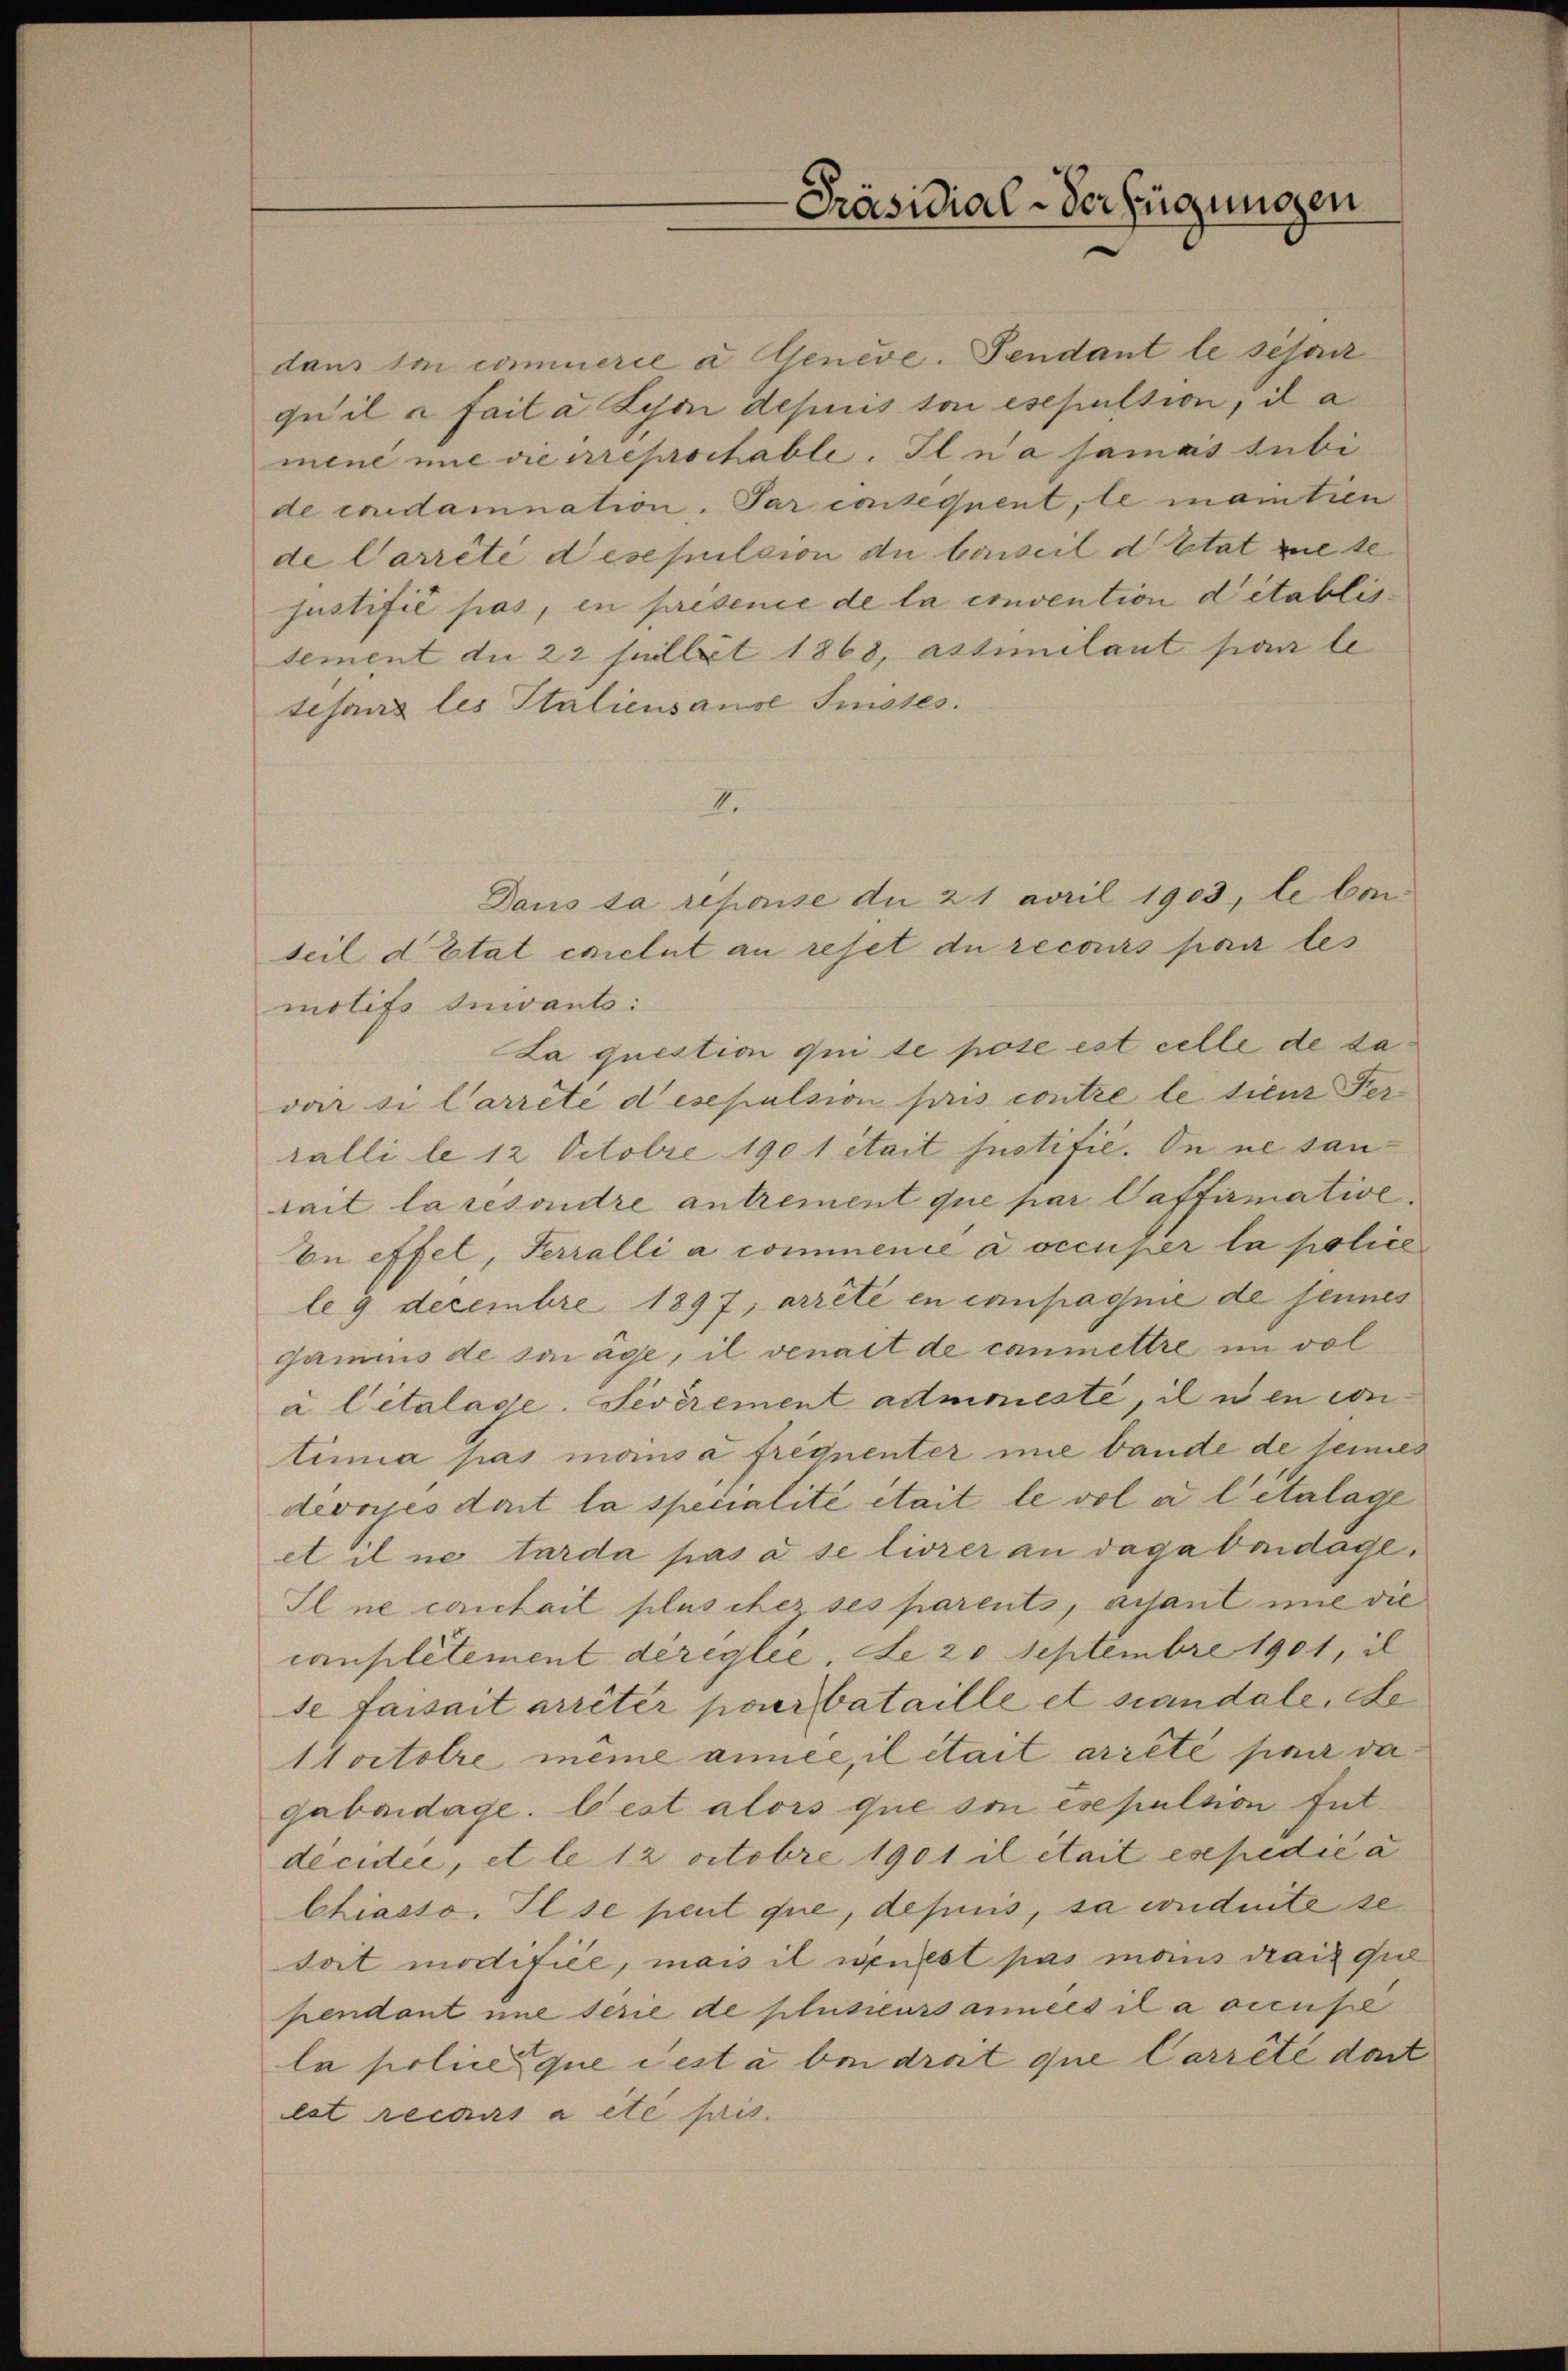
Präsidial-Verfügungen

dans son commerce a Geneve. Pendant le sesair
quil fait à Lyon depuis toni esepulsion, il a
mene mine ne reprottable. Il n’a jamais subi
de condamnation. Par consequent, le mantien
de Carrêté desepulsion du baiseil d’Etat mete
justifié pas, en présence de la convention d’établissement du 22 sullit 1868, assimilant par le
tesans les Italiensause Suisses.
I.
Dans sa repouse du 21 april 1903, le ben
seil d’Etat exclut an reset du recours par les
motifs Inwants:
La question qui le pose est celle de davoir si Carreté desepulsion pris contre le tienz Perralli le 12 Octobre 1901 était Justifie. In ne santait la resondre antrement que par Caffirmative.
En effel, Terralli a commence a occupier la police
le 9 decembre 1897; arrêté en compagnie de seines
gamis de sage, il venait de canmettre im vol
à Citalage. Severement admoneste, il en con-
timia pas moins a frequenter nie bande de seines
devoies doit la specialité était le vol a letalage
et il ne tarda pas à se livrer an daga baidage¬
Il ne contait plus cher ses parents, aisant nie die
conplétement dereglie, de 20 Septembre 1901, il
se faisait arrêter pourbataille et mandale, de
Itoctore meine année, il était arrête pair dagabaidage. Cest alors que son esepulsion Ent
décidee, et le 12 octobre 1901 il était esepedić a
Chiasso. Il se peut que, depuis, sa conduite se
tat modifice, mais il peut pas mans drait que
pendant nie serie de plusieurs années il a occupe
la police que destà bei drat que Carrete dort
cat recours à été pris.